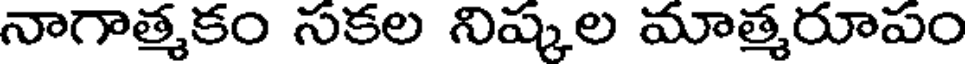
నాగాత్మకం సకల నిష్కల మాత్మరూపం